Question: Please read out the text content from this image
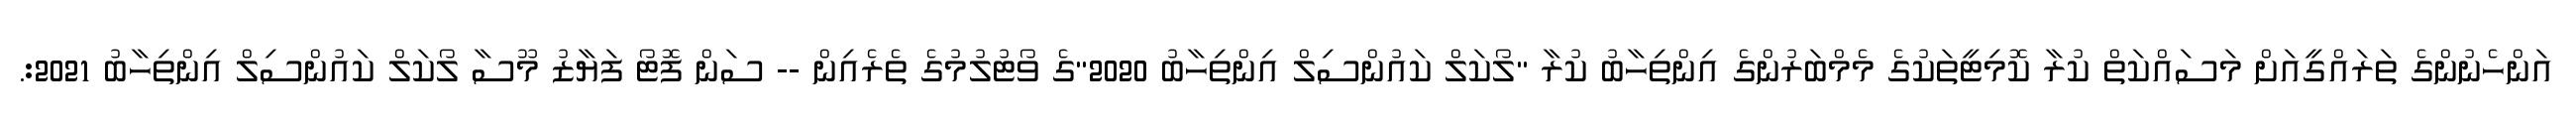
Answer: އަންހެނުންގެ ތަރައްގީއަށް މަސައްކަތް ކުރާ ކޮމިޓީތަކުގެ މެމްބަރުންގެ އިންތިހާބު ކުރާ "ލޯކަލް ކައުންސިލް އިންތިހާބު 2020"ގެ ވޯޓުލުމުގެ ތެރެއިން -- ސަން ފޮޓޯ ފަޔާޒު މޫސާ ލޯކަލް ކައުންސިލް އިންތިހާބު 2021:.